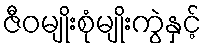
ဇီဝမျိုးစုံမျိုးကွဲနှင့်